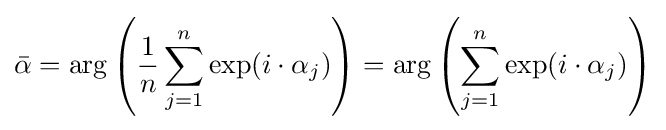
{\bar {\alpha }}=\arg \left({\frac {1}{n}}\sum _{j=1}^{n}\exp(i\cdot \alpha _{j})\right)=\arg \left(\sum _{j=1}^{n}\exp(i\cdot \alpha _{j})\right)